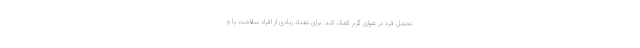
تحمل فرد در هوای گرم کمک کند. برای تعداد زیادی از افراد سلامت پا و